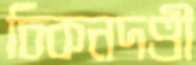
চিকনদণ্ডী